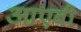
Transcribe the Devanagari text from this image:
आएबी